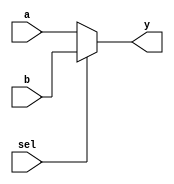
//Design and implement Multiplexer using conditional statement.

// design code for mux21

module mux21(a,b,sel,y);
  input a,b,sel;
  output y;
  assign y=sel?b:a;
endmodule